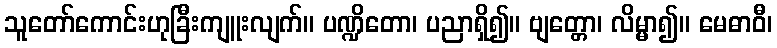
သူတော်ကောင်းဟုခြီးကျူးလျက်။ ပဏ္ဍိတော၊ ပညာရှိ၍။ ဗျတ္တော၊ လိမ္မာ၍။ မေဓာဝီ၊